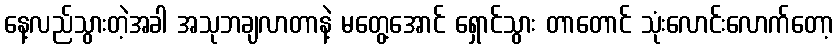
နေ့လည်သွားတဲ့အခါ အသုဘချလာတာနဲ့ မတွေ့အောင် ရှောင်သွား တာတောင် သုံးလောင်းလောက်တော့